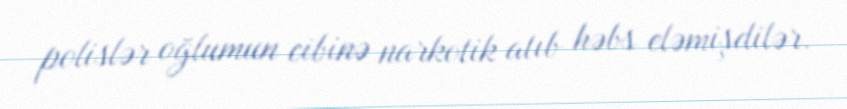
polislər oğlumun cibinə narkotik atıb həbs eləmişdilər.